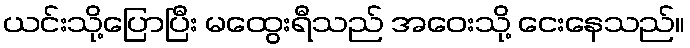
ယင်းသို့ပြောပြီး မထွေးရီသည် အဝေးသို့ ငေးနေသည်။